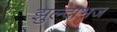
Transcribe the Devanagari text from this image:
झुल्दाभज